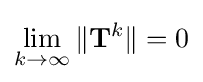
\lim _{k\to \infty }\|\mathbf {T} ^{k}\|=0